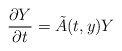
\begin{align*} \frac{\partial Y}{\partial t} = \tilde{A}(t, y) Y \end{align*}